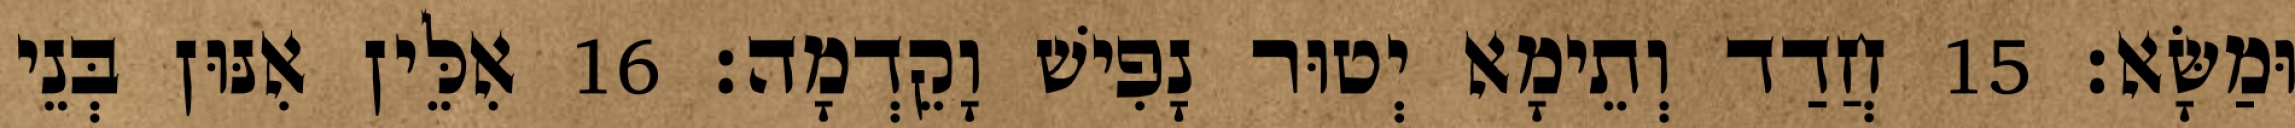
וּמַשָּׂא׃ 15 חֲדַד וְתֵימָא יְטוּר נָפִישׁ וָקֵדְמָה׃ 16 אִלֵּין אִנּוּן בְּנֵי